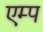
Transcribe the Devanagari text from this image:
एम्प